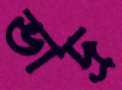
ভাদ্র